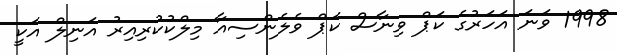
1998 ވަނަ އަހަރުގެ ކަޕް ވިނާސް ކަޕް ވެލެންސިއާ މިލްކުކުރިއިރު އަނިލް އަކީ